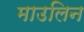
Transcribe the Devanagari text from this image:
माउलिन